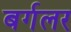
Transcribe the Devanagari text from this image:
बर्गलर